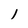
Character: l